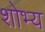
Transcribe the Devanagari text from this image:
शोभ्य